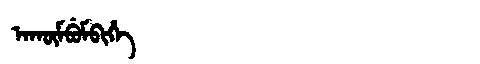
Manchu: ᠠᡴᡡᠮᠪᡠᠮᠪᡳᡥᡝ
Romanization: AKŪMBUMBIHE